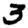
Digit: 3